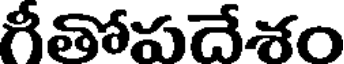
గీతోపదేశం